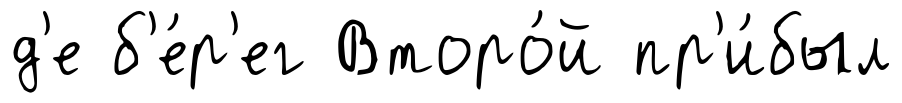
д'е б'е́р'ег Второ́й пр'и́был